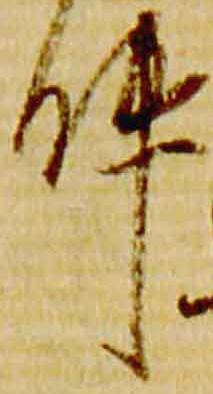
件